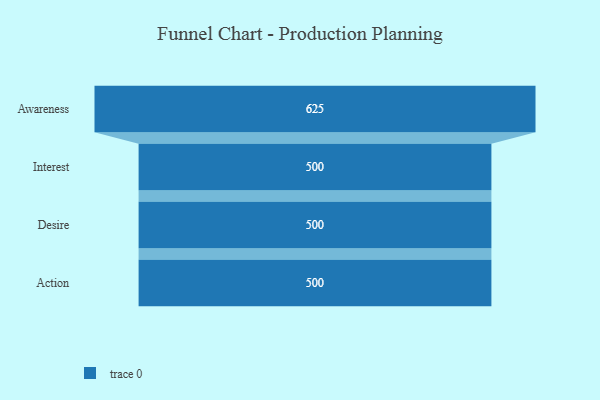
{"axis": {"x": "Stage", "y": "Value"}, "legend": [""], "data": [{"x": "Awareness", "y": 625.0, "type": ""}, {"x": "Interest", "y": 500, "type": ""}, {"x": "Desire", "y": 500, "type": ""}, {"x": "Action", "y": 500, "type": ""}]}